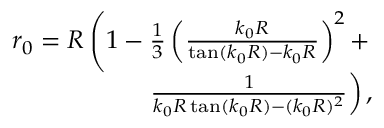
\begin{array} { r } { r _ { 0 } = R \left( 1 - \frac { 1 } { 3 } \left( \frac { k _ { 0 } R } { \tan ( k _ { 0 } R ) - k _ { 0 } R } \right) ^ { 2 } + \right. } \\ { \left. \frac { 1 } { k _ { 0 } R \tan ( k _ { 0 } R ) - ( k _ { 0 } R ) ^ { 2 } } \right) , } \end{array}